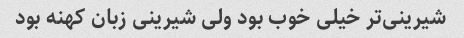
شیرینی‌تر خیلی خوب بود ولی شیرینی زبان کهنه بود